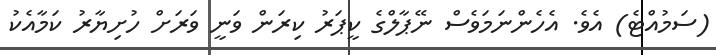
(ސަމުއްޓެ) އެވެ. އެހެންނަމަވެސް ނޭޕާލްގެ ކީޕަރު ކިރަން ވަނީ ވަރަަށް ހުށިޔާރު ކަމާއެކު